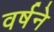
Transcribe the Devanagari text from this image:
वर्षने